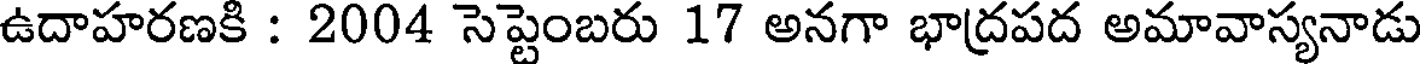
ఉదాహరణకి : 2004 సెప్టెంబరు 17 అనగా భాద్రపద అమావాస్యనాడు